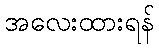
အလေးထားရန်